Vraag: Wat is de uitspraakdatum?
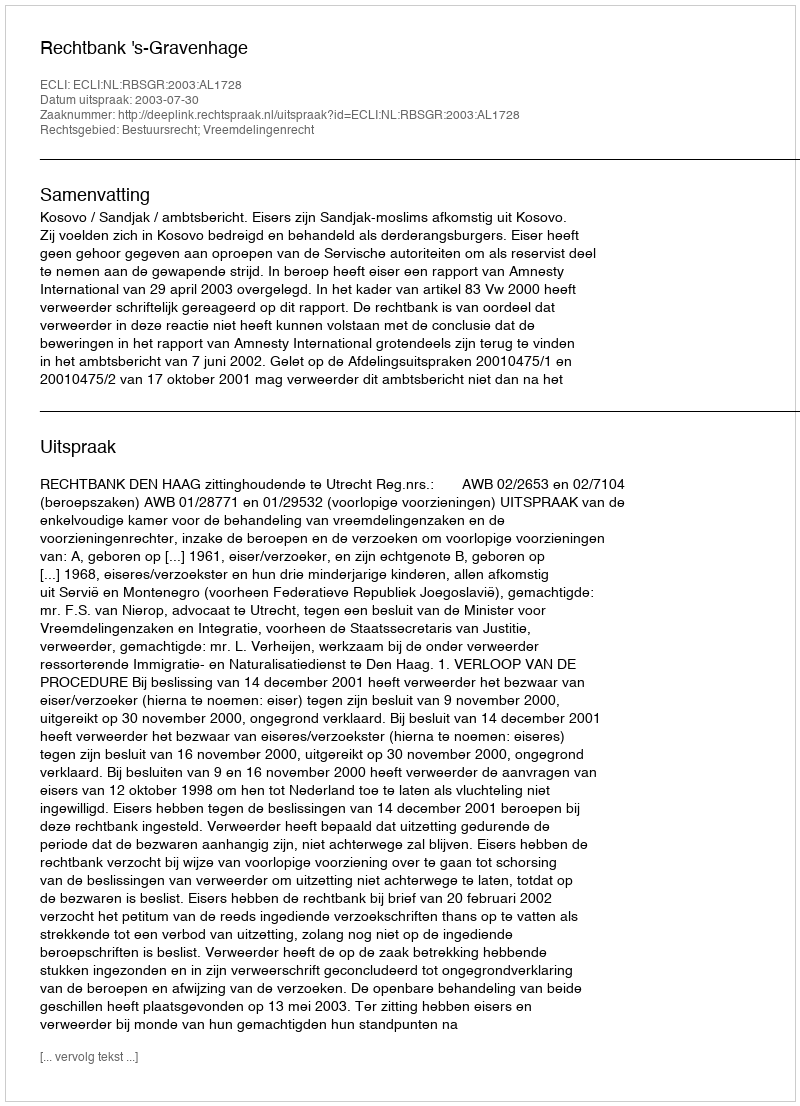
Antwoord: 2003-07-30